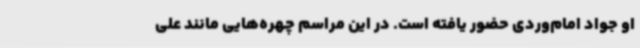
او جواد امام‌وردی حضور یافته است. در این مراسم چهره‌هایی مانند علی